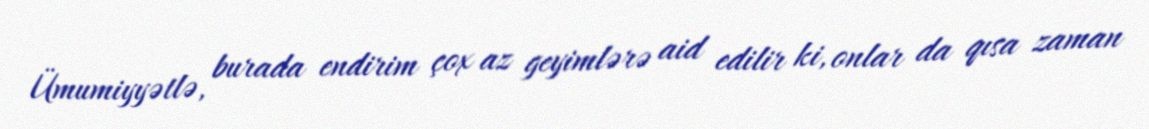
Ümumiyyətlə, burada endirim çox az geyimlərə aid edilir ki, onlar da qısa zaman